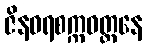
ဇိနဝရစက္ကဝတ္တနေ